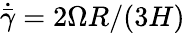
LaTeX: \dot{\bar{\gamma}}=2\Omega R/(3H)